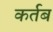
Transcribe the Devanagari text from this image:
कर्तब